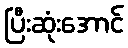
ပြီးဆုံးအောင်